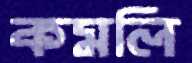
কমলি